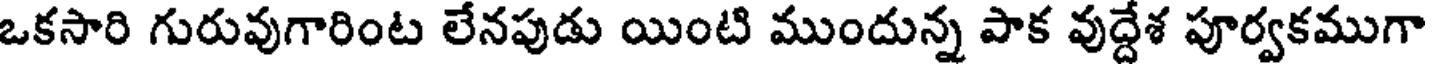
ఒకసారి గురువుగారింట లేనపుడు యింటి ముందున్న పాక వుద్దేశ పూర్వకముగా